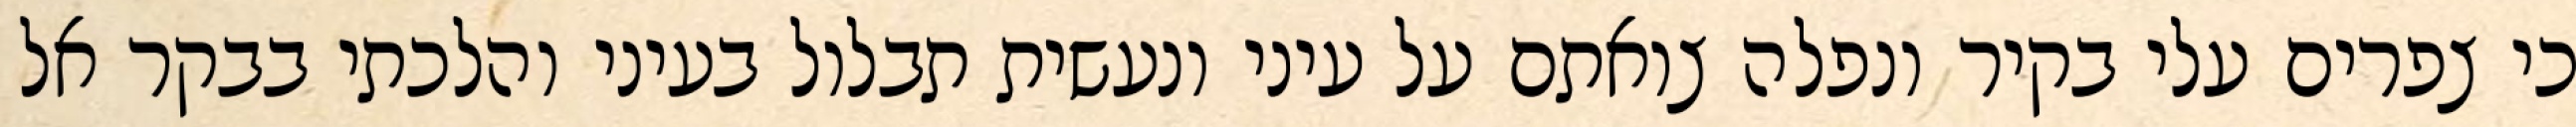
כי צפרים עלי בקיר‏ ונפלה צואתם על עיני ונעשית תבלול בעיני והלכתי בבקר אל